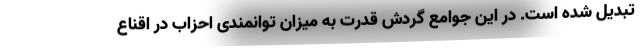
تبدیل شده است. در این جوامع گردش قدرت به میزان توانمندی احزاب در اقناع